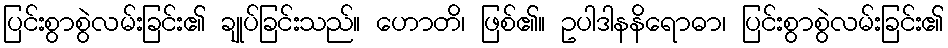
ပြင်းစွာစွဲလမ်းခြင်း၏ ချုပ်ခြင်းသည်။ ဟောတိ၊ ဖြစ်၏။ ဥပါဒါနနိရောဓာ၊ ပြင်းစွာစွဲလမ်းခြင်း၏